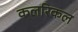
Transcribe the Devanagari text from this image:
कलरिकल